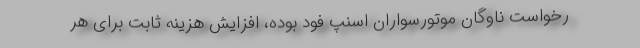
رخواست ناوگان موتورسواران اسنپ فود بوده، افزایش هزینه‌ ثابت برای هر